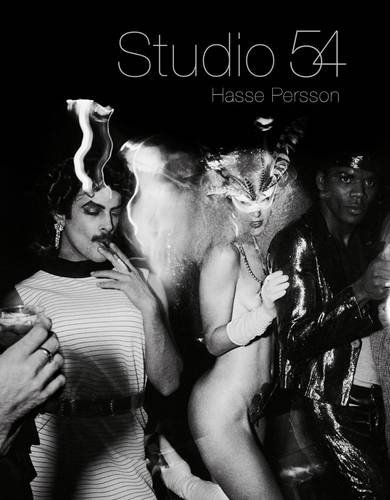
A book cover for Studio 54; Arts & Photography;